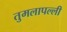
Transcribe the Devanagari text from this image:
तुमलापल्ली